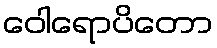
ဝေါရောပိတော